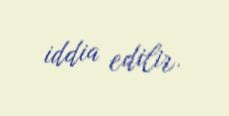
iddia edilir.